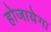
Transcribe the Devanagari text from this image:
होजायेगा